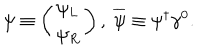
\psi \equiv \left( \begin{array} { l } { { \psi _ { L } } } \\ { { \psi _ { R } } } \\ \end{array} \right) , \ \overline { { { \psi } } } \equiv \psi ^ { \dagger } \gamma ^ { 0 } .